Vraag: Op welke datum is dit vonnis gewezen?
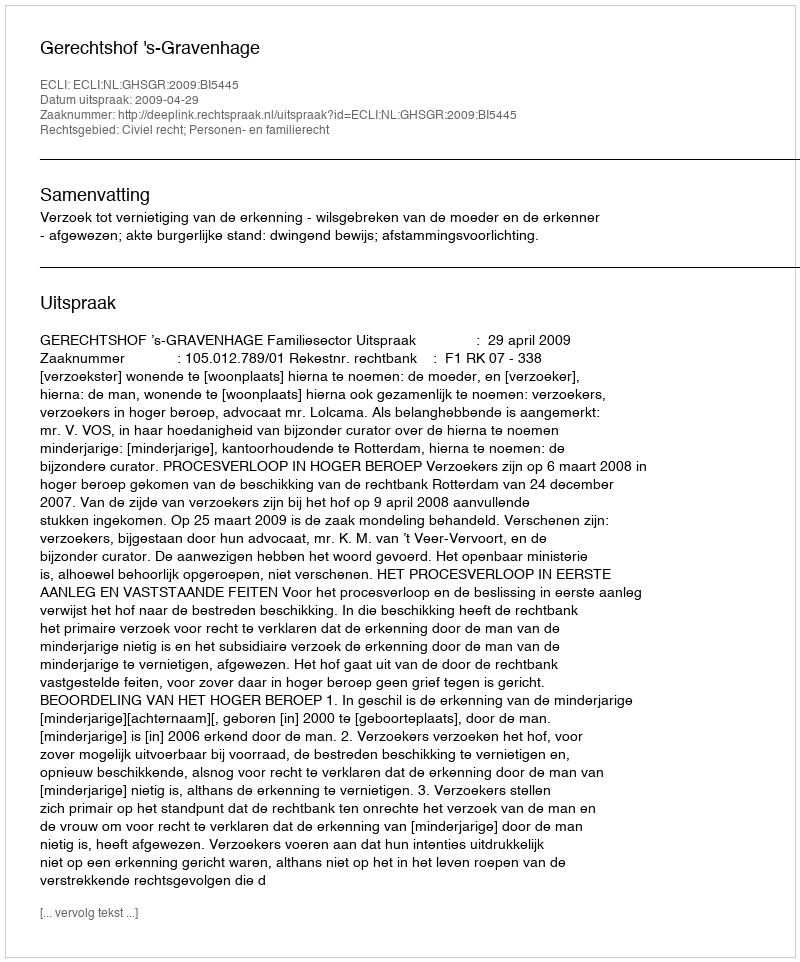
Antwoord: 2009-04-29